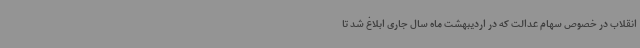
انقلاب در خصوص سهام عدالت که در اردیبهشت ماه سال جاری ابلاغ شد تا